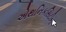
એથનિકસિટીના